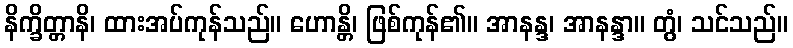
နိက္ခိတ္တာနိ၊ ထားအပ်ကုန်သည်။ ဟောန္တိ၊ ဖြစ်ကုန်၏။ အာနန္ဒ၊ အာနန္ဒာ။ တွံ၊ သင်သည်။